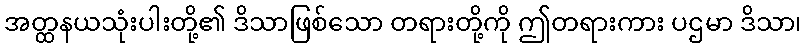
အတ္ထနယသုံးပါးတို့၏ ဒိသာဖြစ်သော တရားတို့ကို ဤတရားကား ပဌမာ ဒိသာ၊